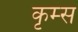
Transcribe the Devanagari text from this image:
कृम्स